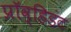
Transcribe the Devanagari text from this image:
प्रॉव्हिडंट